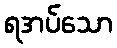
ရအပ်သော